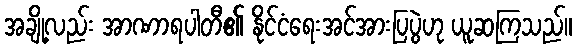
အချို့လည်း အာဏာရပါတီ၏ နိုင်ငံရေးအင်အားပြပွဲဟု ယူဆကြသည်။